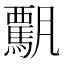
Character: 𩥡